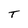
Character: T